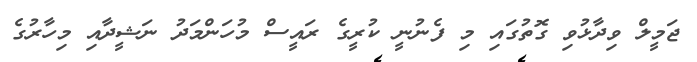
ޖަމީލް ވިދާޅުވި ގޮތުގައި މި ފެނުނީ ކުރީގެ ރައީސް މުހަންމަދު ނަޝީދާއި މިހާރުގެ